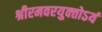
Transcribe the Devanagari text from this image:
श्रीरमवरयुक्‍तोऽयं